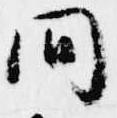
間